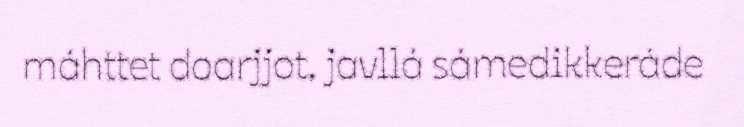
máhttet doarjjot, javllá sámedikkeráde